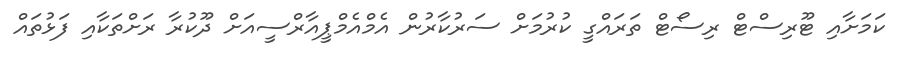
ކަމަށާއި ޓޫރިސްޓް ރިސޯޓް ތަރައްގީ ކުރުމަށް ސަރުކާރުން އެމްއެމްޕީއާރްސީއަށް ދޫކުރާ ރަށްތަކާއި ފަޅުތައް